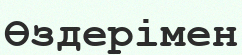
Өздерімен